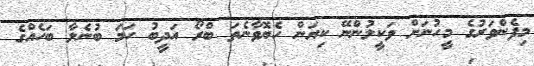
މިފެންވަރުގެ މީހުނަށް ވަކީލުންނޭ ކިޔަން ހެޔޮވާނެތަ ބްރޯ އަދީބު ހަމަ ބުނެލާ ބަހެއްގެ